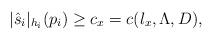
LaTeX: \begin{align*} |\hat s_i|_{h_i}(p_i)\geq c_x=c(l_x,\Lambda, D), \end{align*}